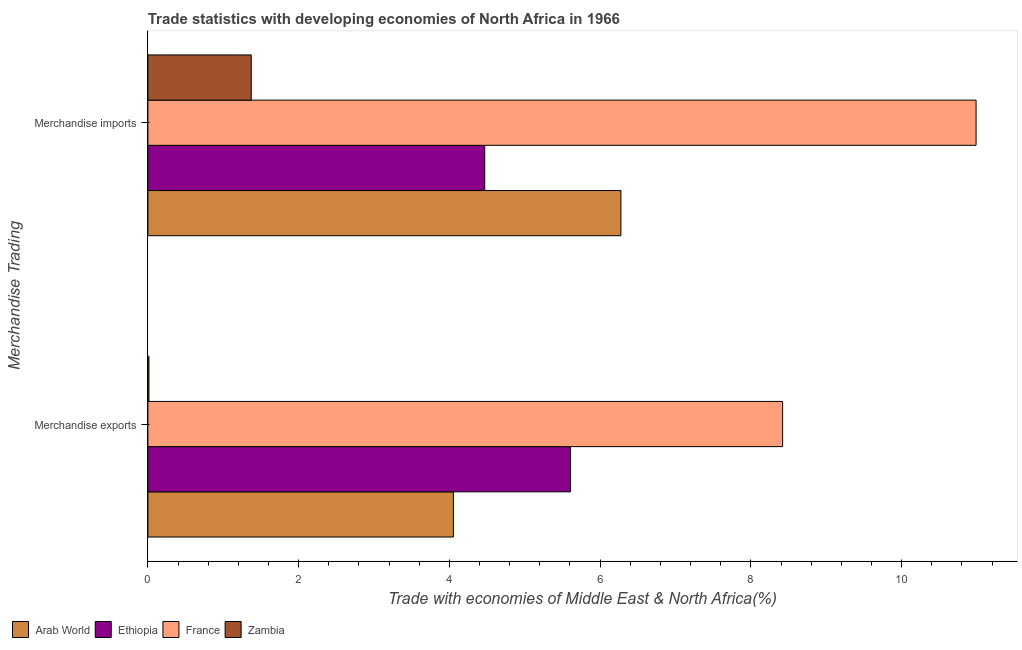
| Merchandise Trading | Arab World | Ethiopia | France | Zambia |
 | --- | --- | --- | --- | --- |
 | Merchandise exports | 4.05 | 5.61 | 8.42 | 0.0145 |
 | Merchandise imports | 6.28 | 4.47 | 11 | 1.37 |